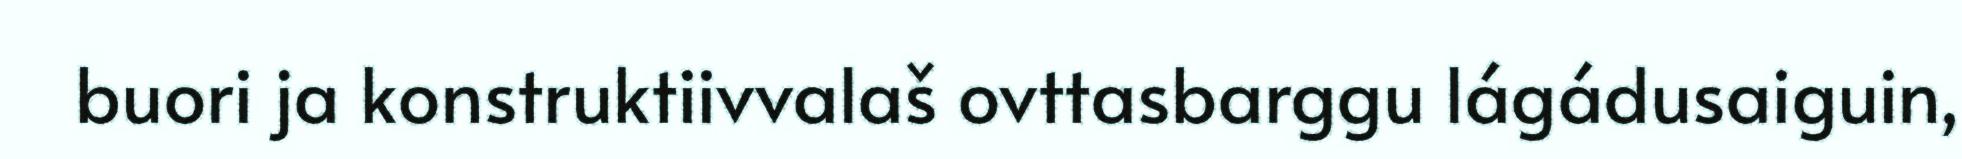
buori ja konstruktiivvalaš ovttasbarggu lágádusaiguin,